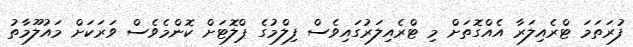
ފުރަަތަމަ ޓްރެއިލަރާ އެއްގޮތަށް މި ޓްރެއިލަރުގައިވެސް ފިލްމުގެ ޕްލޮޓަށް ކޮންމެވެސް ވަރަކަށް މައުލޫމާތު